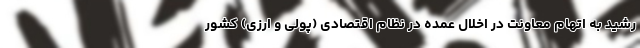
رشید به اتهام معاونت در اخلال عمده در نظام اقتصادی (پولی و ارزی) کشور